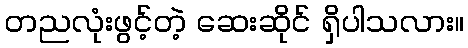
တညလုံးဖွင့်တဲ့ ဆေးဆိုင် ရှိပါသလား။